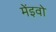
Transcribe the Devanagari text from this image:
मेंइवो